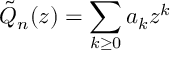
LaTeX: \tilde { Q } _ { n } ( z ) = \sum _ { k \geq 0 } a _ { k } z ^ { k }